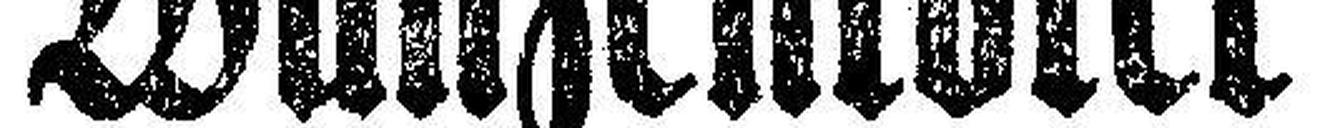
Wanzentöter